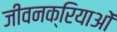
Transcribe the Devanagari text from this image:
जीवनक्रियाओं